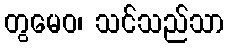
တွမေဝ၊ သင်သည်သာ